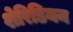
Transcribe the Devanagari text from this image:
शेरिडियन